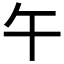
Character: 午